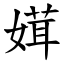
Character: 媶